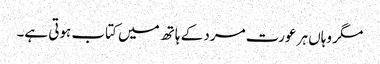
مگر وہاں ہر عورت مرد کے ہاتھ میں کتاب ہوتی ہے۔